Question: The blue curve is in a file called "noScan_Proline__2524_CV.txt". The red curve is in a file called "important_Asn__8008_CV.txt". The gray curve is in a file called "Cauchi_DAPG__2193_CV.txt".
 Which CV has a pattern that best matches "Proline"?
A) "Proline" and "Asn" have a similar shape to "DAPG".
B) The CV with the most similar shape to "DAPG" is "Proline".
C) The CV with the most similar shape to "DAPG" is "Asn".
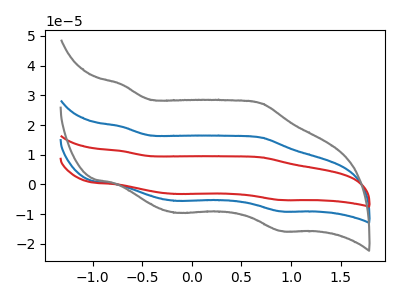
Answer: <think>The blue curve "Proline" has anodic peaks at (-0.70V, 19.50uA) (0.70V, 15.75uA) and cathodic peaks at (-0.15V, -5.50uA) (0.90V, -9.05uA). The red curve "Asn" has anodic peaks at (-0.70V, 38.95uA) (0.70V, 31.50uA) and cathodic peaks at (-0.15V, -11.05uA) (0.90V, -18.10uA). The gray curve "DAPG" has anodic peaks at (-0.70V, 33.70uA) (0.70V, 27.25uA) and cathodic peaks at (-0.15V, -9.55uA) (0.90V, -15.65uA).
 All the peaks in "Proline" have a peak in "Asn" at the same potential. Every peak in "Proline" is lower than every peak in "Asn". All the peaks in "Proline" have a peak in "DAPG" at the same potential. Every peak in "Proline" is lower than every peak in "DAPG". All the peaks in "Asn" have a peak in "DAPG" at the same potential. Every peak in "Asn" is higher than every peak in "DAPG".</think>
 <answer>A) "Proline" and "Asn" have a similar shape to "DAPG".</answer>
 <eval>A</eval>